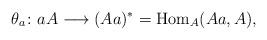
LaTeX: \begin{align*}\theta_a\colon aA\longrightarrow (Aa)^*={\rm Hom}_A(Aa, A),\end{align*}